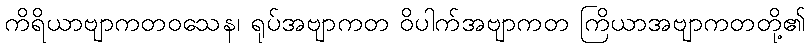
ကိရိယာဗျာကတဝသေန၊ ရုပ်အဗျာကတ ဝိပါက်အဗျာကတ ကြိယာအဗျာကတတို့၏